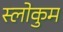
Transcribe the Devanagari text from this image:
स्लोकुम